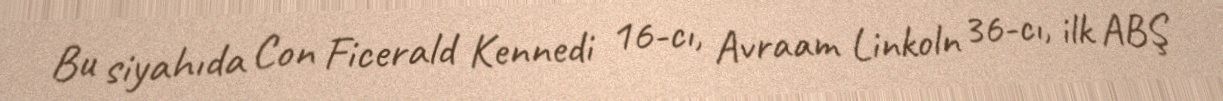
Bu siyahıda Con Ficerald Kennedi 16-cı, Avraam Linkoln 36-cı, ilk ABŞ